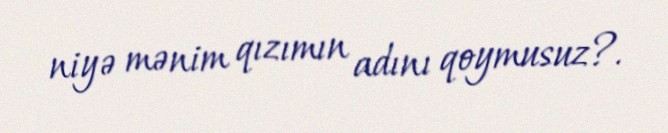
niyə mənim qızımın adını qoymusuz?.